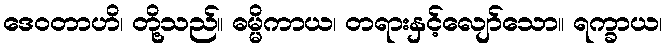
ဒေဝတာဟိ၊ တို့သည်။ ဓမ္မိကာယ၊ တရားနှင့်လျော်သော။ ရက္ခာယ၊